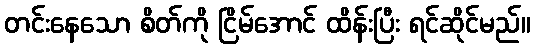
တင်းနေသော စိတ်ကို ငြိမ်အောင် ထိန်းပြီး ရင်ဆိုင်မည်။